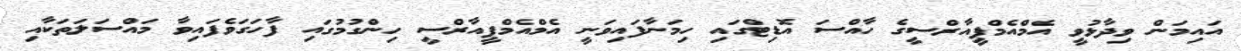
އައިމަން ވިދާޅުވީ އެމްއެމްޕީއާރްސީގެ ހާއްސަ އޮޑިޓްގައި ހިމަނާފައިވަނީ އެމްއެމްޕީއާރްސީ ހިންގުމުގައި ފާހަގަވެފައިވާ މައްސަލަތަކާއި